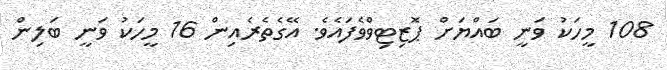
108 މީހަކު ވަނީ ބައްޔަށް ޕޮޒިޓިވްވެފައެވެ. އޭގެތެރެއިން 16 މީހަކު ވަނީ ބަލިން